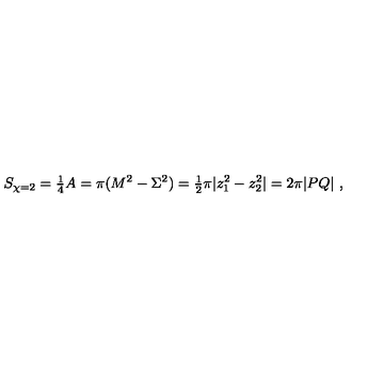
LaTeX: S _ { \chi = 2 } = { \textstyle \frac { 1 } { 4 } } A = \pi ( M ^ { 2 } - \Sigma ^ { 2 } ) = { \textstyle \frac { 1 } { 2 } } \pi | z _ { 1 } ^ { 2 } - z _ { 2 } ^ { 2 } | = 2 \pi | P Q | \ ,